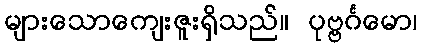
များသောကျေးဇူးရှိသည်။ ပုဗ္ဗင်္ဂမော၊